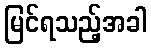
မြင်ရသည့်အခါ